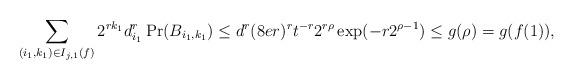
LaTeX: \begin{align*}\sum_{(i_1,k_1)\in I_{j,1}(f)}2^{rk_1}d_{i_1}^{r}\Pr(B_{i_1,k_1})\leq d^r (8er)^r t^{-r} 2^{r\rho}\exp(-r2^{\rho-1})\leq g(\rho)=g(f(1)),\end{align*}